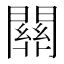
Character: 𨶚